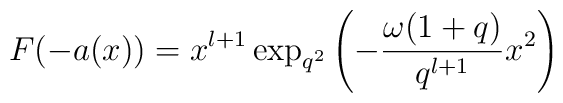
F(-a(x))=x^{l+1}\exp _{q^{2}}\left( -\frac{\omega (1+q)}{q^{l+1}}x^{2}\right)